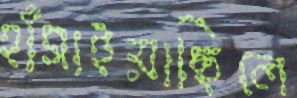
হাঁসাইয়াছিলে